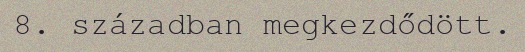
8. században megkezdődött.